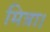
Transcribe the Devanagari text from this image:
मित्रा।